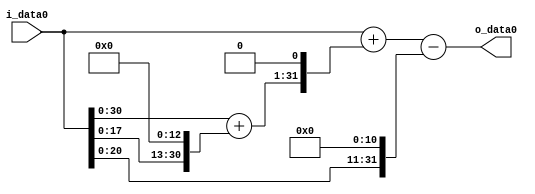
module multiplier_block (
    i_data0,
    o_data0
);

  // Port mode declarations:
  input   [31:0] i_data0;
  output  [31:0]
    o_data0;

  //Multipliers:

  wire [31:0]
    w1,
    w8192,
    w8193,
    w16386,
    w16387,
    w2048,
    w14339;

  assign w1 = i_data0;
  assign w14339 = w16387 - w2048;
  assign w16386 = w8193 << 1;
  assign w16387 = w1 + w16386;
  assign w2048 = w1 << 11;
  assign w8192 = w1 << 13;
  assign w8193 = w1 + w8192;

  assign o_data0 = w14339;

  //multiplier_block area estimate = 4909.76644341471;
endmodule